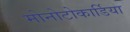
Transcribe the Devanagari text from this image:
मोनोटोकार्डिया